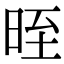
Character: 晊